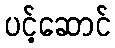
ပင့်ဆောင်